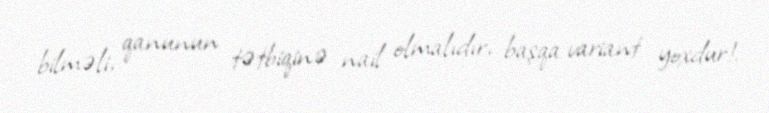
bilməli, qanunun tətbiqinə nail olmalıdır, başqa variant yoxdur!.